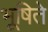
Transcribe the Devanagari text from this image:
भूषिते